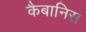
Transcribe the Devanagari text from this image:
कैबानिस